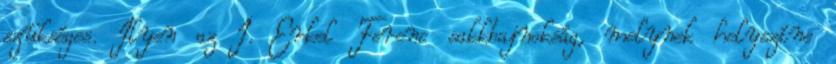
szükséges. Ilyen az I. Erkel Ferenc sakkbajnokság, melynek helyszíne